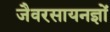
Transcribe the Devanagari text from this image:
जैवरसायनज्ञों